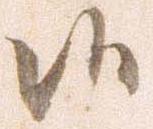
候